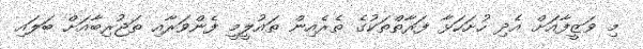
މި ވަޒީފާއަށް އެދި ހުށަހަޅާ ފަރާތްތަކުގެ ތެރެއިން ތައުލީމީ ފެންވަރާއި ތަޖުރިބާއަށް ބަލައި